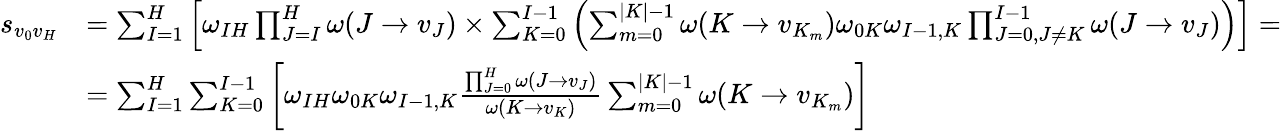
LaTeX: \begin{array}{rl}{s_{v_{0}v_{H}}}&{=\sum_{I=1}^{H}\left[\omega_{IH}\prod_{J=I}^{H}\omega(J\to v_{J})\times\sum_{K=0}^{I-1}\left(\sum_{m=0}^{|K|-1}\omega(K\to v_{K_{m}})\omega_{0K}\omega_{I-1,K}\prod_{J=0,J\neq K}^{I-1}\omega(J\to v_{J})\right)\right]=}\\ &{=\sum_{I=1}^{H}\sum_{K=0}^{I-1}\left[\omega_{IH}\omega_{0K}\omega_{I-1,K}\frac{\prod_{J=0}^{H}\omega(J\to v_{J})}{\omega(K\to v_{K})}\sum_{m=0}^{|K|-1}\omega(K\to v_{K_{m}})\right]}\end{array}